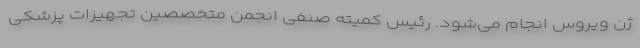
ژن ویروس انجام می‌شود. رئیس کمیته صنفی انجمن متخصصین تجهیزات پزشکی